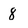
Character: 8